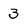
Character: 3